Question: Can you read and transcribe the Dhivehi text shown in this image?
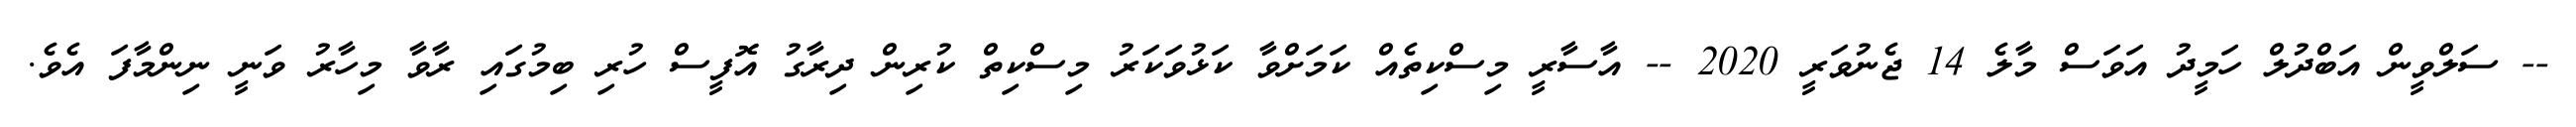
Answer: -- ސަލްވީން އަބްދުލް ހަމީދު އަވަސް މާލެ 14 ޖެނުވަރީ 2020 -- އާސާރީ މިސްކިތެއް ކަމަށްވާ ކަޅުވަކަރު މިސްކިތް ކުރިން ދިރާގު އޮފީސް ހުރި ބިމުގައި ރާވާ މިހާރު ވަނީ ނިންމާފަ އެވެ.